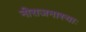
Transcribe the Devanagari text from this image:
नीराजनास्याः